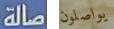
صالة يواصلون